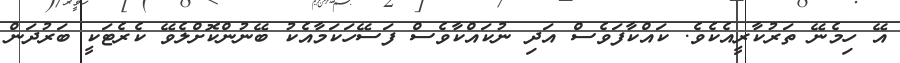
އޭ ހިމެނޭ ތަރުކާރީއެކެވެ. ކައްކާފަވެސް އަދި ނުކައްކާވެސް ފަސޭހަކަމާއެކު ބޭނުންކޮށްލެވޭ ކެރެޓަކީ ބަރުދަން